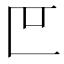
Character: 𫧋